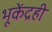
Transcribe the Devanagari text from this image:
भूकेंद्रही